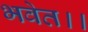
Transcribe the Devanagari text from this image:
भवेत।।